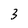
Character: 3